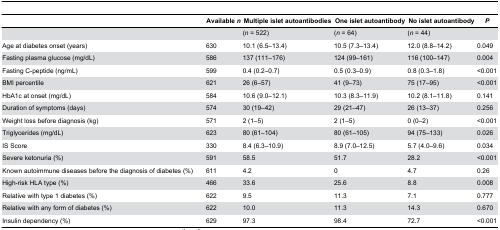
<table><thead><tr><td></td><td><b>Available <i>n</i></b></td><td><b>Multiple islet autoantibodies</b></td><td><b>One islet autoantibody</b></td><td><b>No islet autoantibody</b></td><td><b><i>P</i></b></td></tr></thead><tbody><tr><td></td><td></td><td>(<i>n</i> = 522)</td><td>(<i>n</i> = 64)</td><td>(<i>n</i> = 44)</td><td></td></tr><tr><td>Age at diabetes onset (years)</td><td>630</td><td>10.1 (6.5–13.4)</td><td>10.5 (7.3–13.4)</td><td>12.0 (8.8–14.2)</td><td>0.049</td></tr><tr><td>Fasting plasma glucose (mg/dL)</td><td>586</td><td>137 (111–176)</td><td>124 (99–161)</td><td>116 (100–147)</td><td>0.004</td></tr><tr><td>Fasting C-peptide (ng/mL)</td><td>599</td><td>0.4 (0.2–0.7)</td><td>0.5 (0.3–0.9)</td><td>0.8 (0.3–1.8)</td><td>&lt;0.001</td></tr><tr><td>BMI percentile</td><td>621</td><td>26 (6–57)</td><td>41 (9–73)</td><td>75 (17–95)</td><td>&lt;0.001</td></tr><tr><td>HbA1c at onset (mg/dL)</td><td>584</td><td>10.6 (9.0–12.1)</td><td>10.3 (8.3–11.9)</td><td>10.2 (8.1–11.8)</td><td>0.141</td></tr><tr><td>Duration of symptoms (days)</td><td>574</td><td>30 (19–42)</td><td>29 (21–47)</td><td>26 (13–37)</td><td>0.256</td></tr><tr><td>Weight loss before diagnosis (kg)</td><td>571</td><td>2 (1–5)</td><td>2 (1–5)</td><td>0 (0–2)</td><td>&lt;0.001</td></tr><tr><td>Triglycerides (mg/dL)</td><td>623</td><td>80 (61–104)</td><td>80 (61–105)</td><td>94 (75–133)</td><td>0.026</td></tr><tr><td>IS Score</td><td>330</td><td>8.4 (6.3–10.9)</td><td>8.9 (7.0–12.5)</td><td>5.7 (4.0–9.6)</td><td>0.034</td></tr><tr><td>Severe ketonuria (%)</td><td>591</td><td>58.5</td><td>51.7</td><td>28.2</td><td>&lt;0.001</td></tr><tr><td>Known autoimmune diseases before the diagnosis of diabetes (%)</td><td>611</td><td>4.2</td><td>0</td><td>4.7</td><td>0.26</td></tr><tr><td>High-risk HLA type (%)</td><td>466</td><td>33.6</td><td>25.6</td><td>8.8</td><td>0.008</td></tr><tr><td>Relative with type 1 diabetes (%)</td><td>622</td><td>9.5</td><td>11.3</td><td>7.1</td><td>0.777</td></tr><tr><td>Relative with any form of diabetes (%)</td><td>622</td><td>10.0</td><td>11.3</td><td>14.3</td><td>0.670</td></tr><tr><td>Insulin dependency (%)</td><td>629</td><td>97.3</td><td>98.4</td><td>72.7</td><td>&lt;0.001</td></tr></tbody></table>